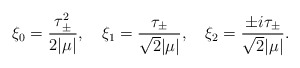
\begin{align*}\xi_0 = \frac{\tau_\pm^2}{{2}|\mu |}, ~~~ \xi_1 = \frac{\tau_\pm}{\sqrt{2}|\mu |},~~~ \xi_2 = \frac{\pm i\tau_\pm}{\sqrt{2} |\mu |}.\end{align*}